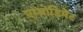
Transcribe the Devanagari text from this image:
एम्बोडिमेंट